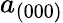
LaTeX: a_{(000)}